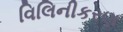
વિલિનીકરણ